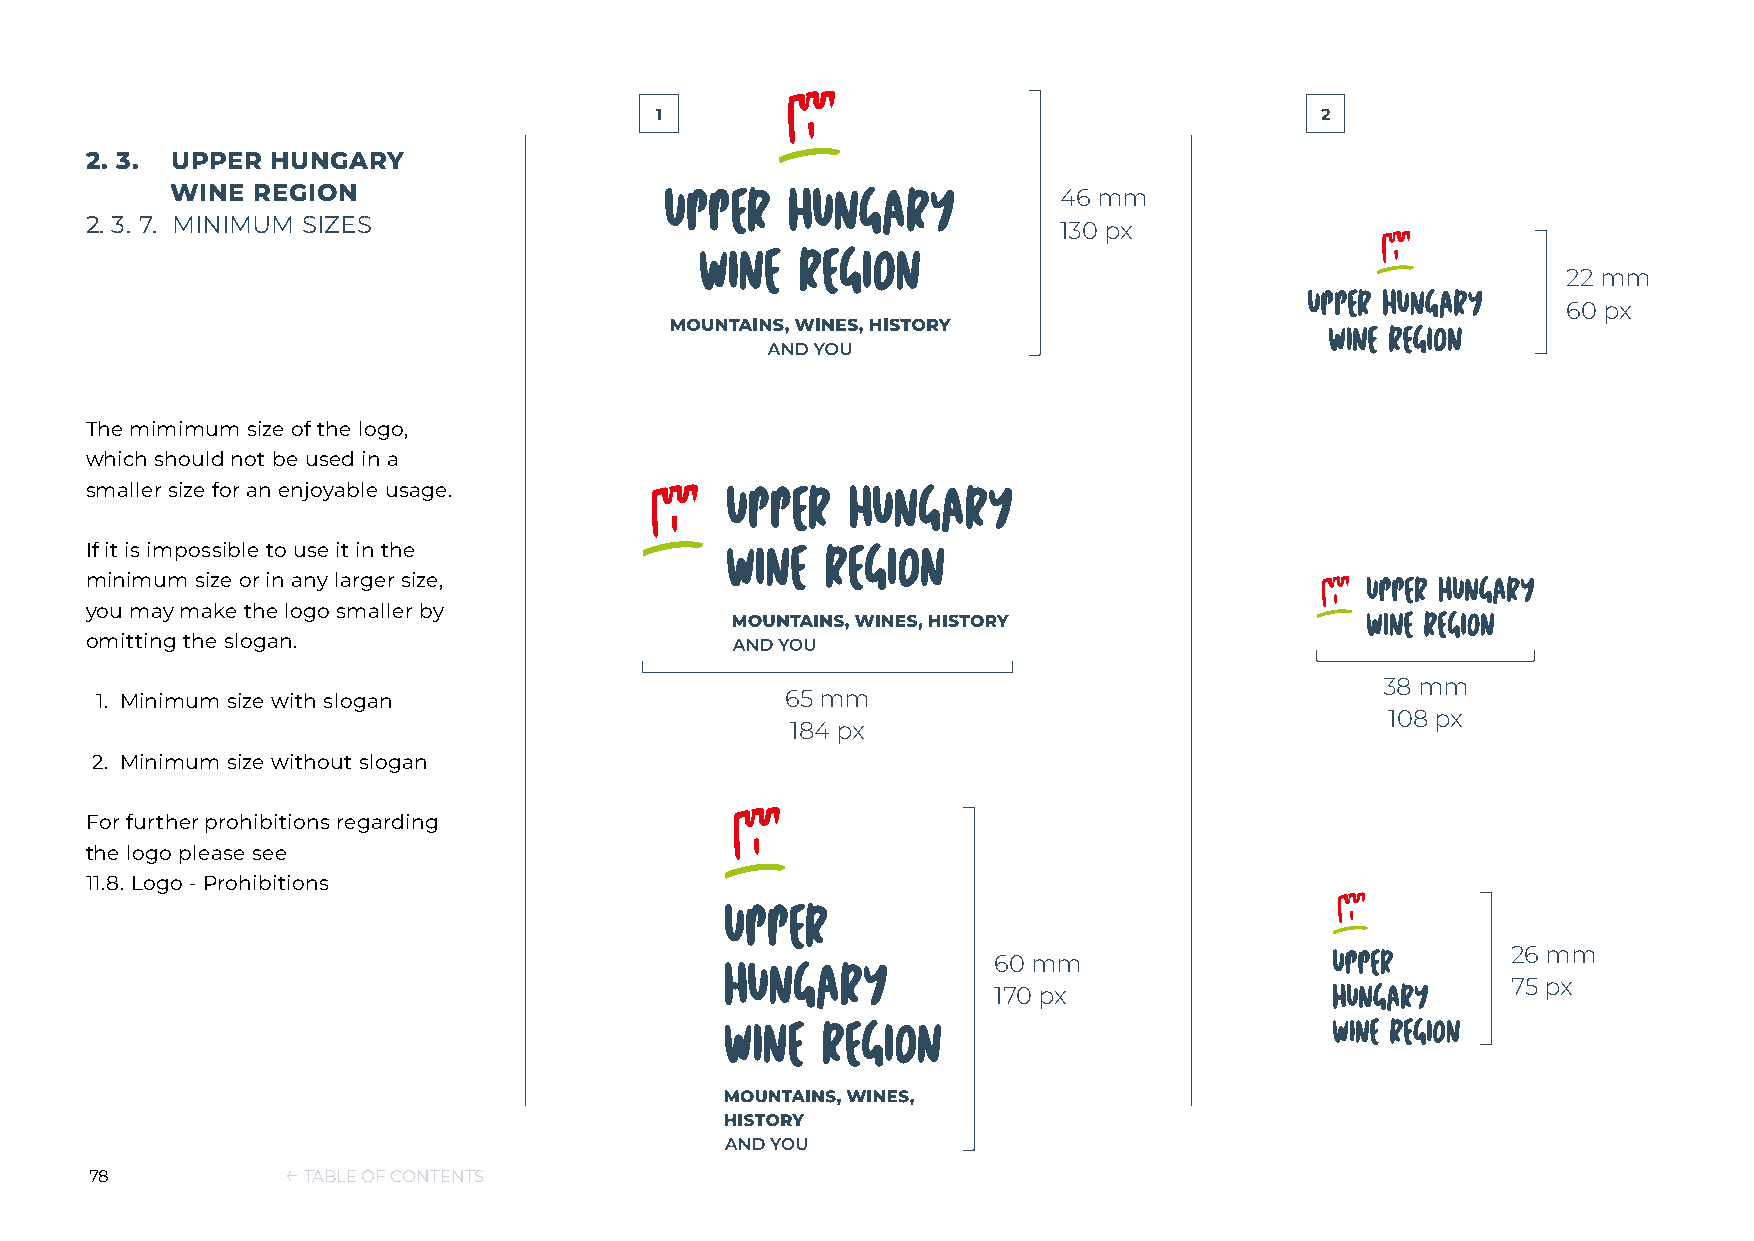
1                                           2
 2. 3. UPPER HUNGARY
 WINE  REGION                                               46 mm
 2. 3. 7. MINIMUM SIZES                                          130 px
 22 mm
 60 px
 The mimimum size of the logo,
 which should not be used in a
 smaller size for an enjoyable usage.
 If it is impossible to use it in the
 minimum size or in any larger size,
 you may make the logo smaller by
 omitting the slogan.
 38 mm
 1. Minimum size with slogan                   65 mm
 108 px
 184 px
 2. Minimum size without slogan
 For further prohibitions regarding
 the logo please see
 11.8. Logo - Prohibitions
 26 mm
 60 mm
 75 px
 170 px
 78           ← TABLE OF CONTENTS